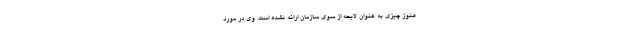
هنوز چیزی به عنوان لایحه از سوی سازمان ارائه نشده است. وی در مورد